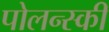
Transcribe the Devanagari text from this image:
पोलन्स्की